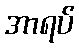
အာရပ်